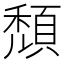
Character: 頹